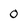
Character: 0